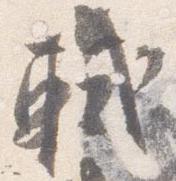
軾